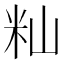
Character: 籼